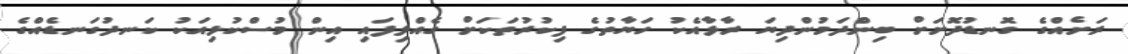
ރަށެެއްގެ ގޮނޑުދޮށަށް ބިންދަމުންދިޔަ ރާޅާއެކު ހަޔާތުގެ ފިކުރުތަކަށް ގެއްލިފައި އިން މުސްކުޅިއަކު ކަނދުގަނޑެއްގެ